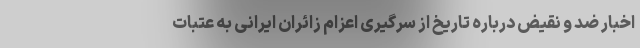
اخبار ضد و نقیض درباره تاریخ از سرگیری اعزام زائران ایرانی به عتبات